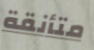
متأنقة